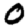
Digit: 0